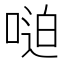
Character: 𫪼